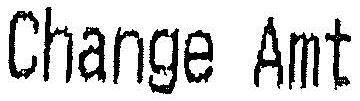
CHANGE AMT